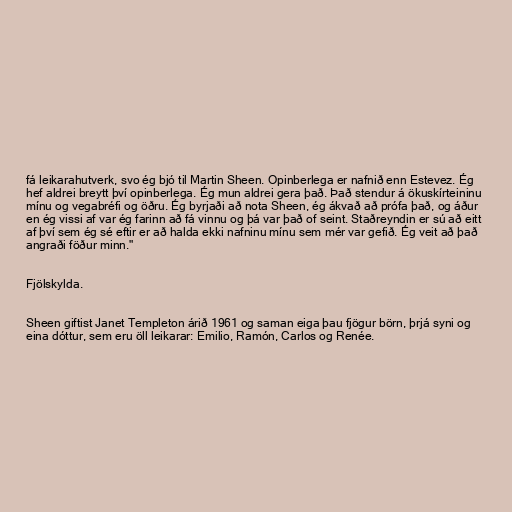
fá leikarahutverk, svo ég bjó til Martin Sheen. Opinberlega er nafnið enn Estevez. Ég
hef aldrei breytt því opinberlega. Ég mun aldrei gera það. Það stendur á ökuskírteininu
mínu og vegabréfi og öðru. Ég byrjaði að nota Sheen, ég ákvað að prófa það, og áður
en ég vissi af var ég farinn að fá vinnu og þá var það of seint. Staðreyndin er sú að eitt
af því sem ég sé eftir er að halda ekki nafninu mínu sem mér var gefið. Ég veit að það
angraði föður minn."

Fjölskylda.

Sheen giftist Janet Templeton árið 1961 og saman eiga þau fjögur börn, þrjá syni og
eina dóttur, sem eru öll leikarar: Emilio, Ramón, Carlos og Renée.